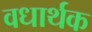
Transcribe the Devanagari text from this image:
वधार्थक